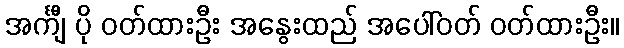
အင်္ကျီ ပို ဝတ်ထားဦး အနွေးထည် အပေါ်ဝတ် ဝတ်ထားဦး။